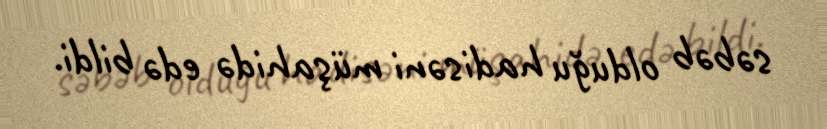
səbəb olduğu hadisəni müşahidə edə bildi.